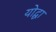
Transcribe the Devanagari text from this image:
योद्घा